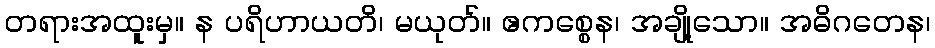
တရားအထူးမှ။ န ပရိဟာယတိ၊ မယုတ်။ ဧကစ္စေန၊ အချို့သော။ အဓိဂတေန၊